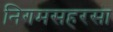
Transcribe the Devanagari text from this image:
निगमसहरसा